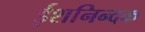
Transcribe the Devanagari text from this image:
ईशनिन्दक